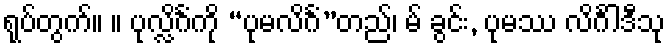
ရုပ်တွက်။ ။ ပုလ္လိင်္ဂံကို “ပုမလိင်္ဂံ”တည်၊ မ် ခွင်း, ပုမဿ လိင်္ဂါဒီသု